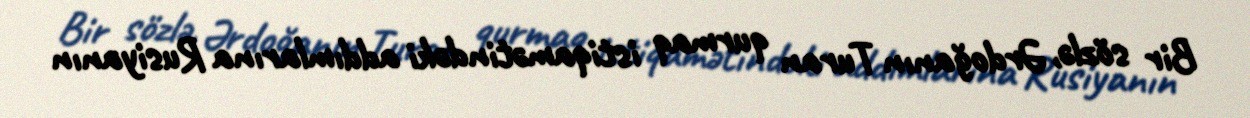
Bir sözlə, Ərdoğanın Turan qurmaq istiqamətindəki addımlarına Rusiyanın